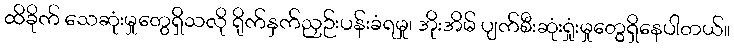
ထိခိုက် သေဆုံးမှုတွေရှိသလို ရိုက်နှက်ညှဉ်းပန်းခံရမှု၊ အိုးအိမ် ပျက်စီးဆုံးရှုံးမှုတွေရှိနေပါတယ်။